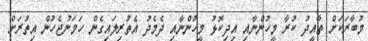
މުބާރަކަށް ތާއީދު ކުރާ މީހުންނާއި އިދިކޮޅު މީހުންނާއި ދެމެދު އެތުރިލައިގެން ހަމަނުޖެހުން އިތުރަށް